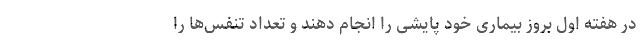
در هفته اول بروز بیماری خود پایشی را انجام دهند و تعداد تنفس‌ها را